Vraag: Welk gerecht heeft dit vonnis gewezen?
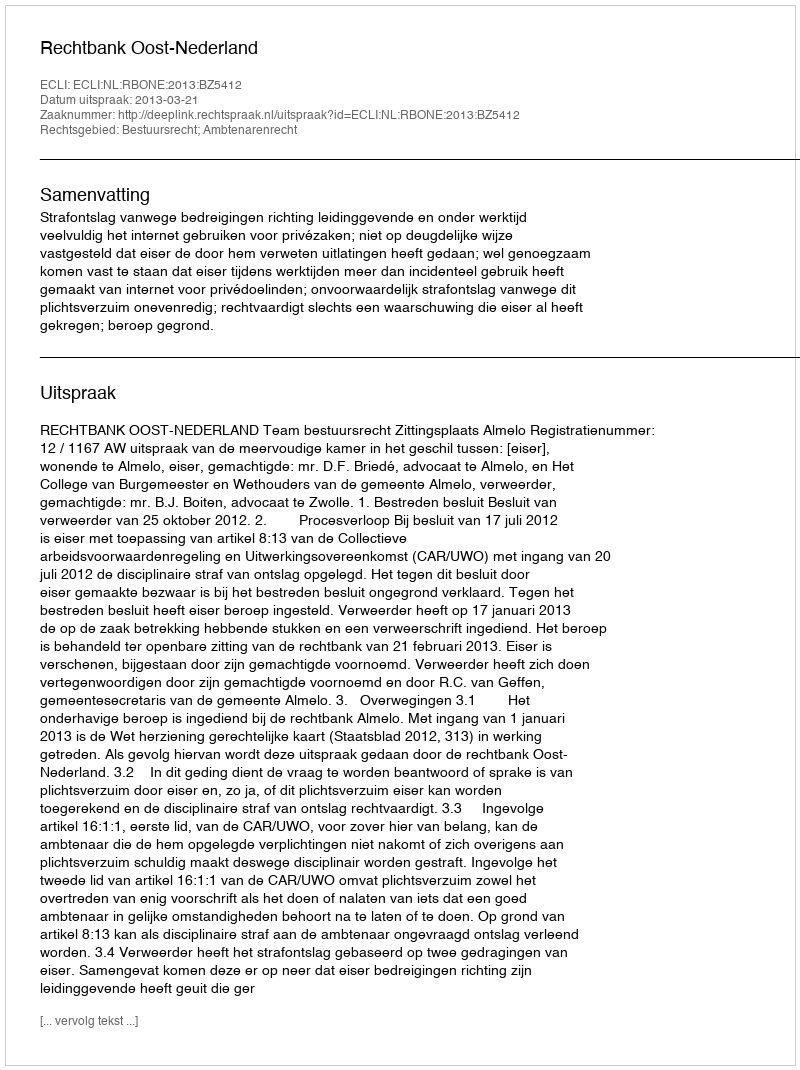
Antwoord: Rechtbank Oost-Nederland